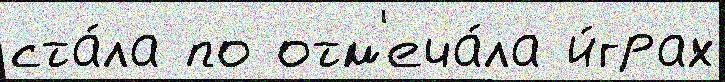
ста́ла по отм'еча́ла и́грах